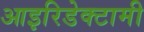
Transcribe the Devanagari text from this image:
आइरिडेक्टामी